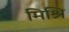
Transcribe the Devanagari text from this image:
मिश्रि